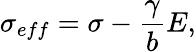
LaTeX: \sigma_{eff}=\sigma-\frac\gamma bE,